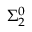
\Sigma _ { 2 } ^ { 0 }